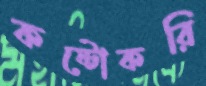
কষ্টোকরি